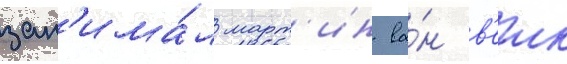
зан'има́л март'ин ва́н в'еик